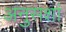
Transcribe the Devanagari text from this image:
अनुसशां